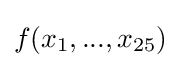
f(x_{1},...,x_{25})